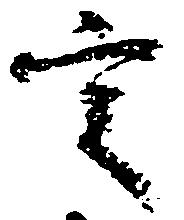
定